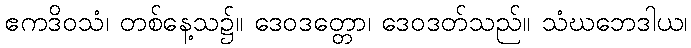
ဧကဒိဝသံ၊ တစ်နေ့သ၌။ ဒေဝဒတ္တော၊ ဒေဝဒတ်သည်။ သံဃဘေဒါယ၊